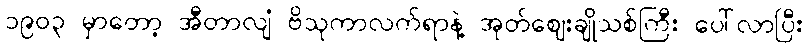
၁၉၀၃ မှာတော့ အီတာလျံ ဗိသုကာလက်ရာနဲ့ အုတ်ဈေးချိုသစ်ကြီး ပေါ်လာပြီး